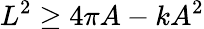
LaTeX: L^{2}\geq 4\pi A-kA^{2}